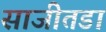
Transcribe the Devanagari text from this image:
साजीतडा